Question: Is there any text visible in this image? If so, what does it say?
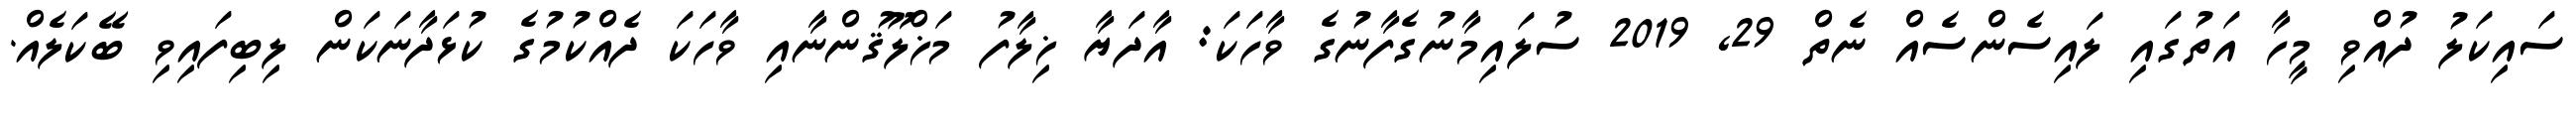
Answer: ސައިކަލު ދުއްވި މީހާ އަތުގައި ލައިސެންސެއް ނެތް 29, 2019 ސުލައިމާނުގެފާނުގެ ވާހަކަ: އާދަޔާ ޚިލާފު މަޚްލޫޤުންނާއި ވާހަކަ ދެއްކުމުގެ ކުޅަދާނަކަން ލިބިފައިވި ބޭކަލެއް.